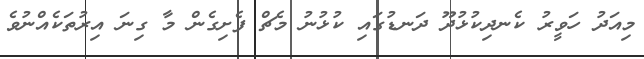
މިއަދު ހަވީރު ކެނދިކުޅުދޫ ދަނޑުގައި ކުޅުނު މެޗް ފެށިގެން މާ ގިނަ އިރުތަކެއްނުވެ